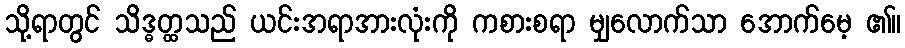
သို့ရာတွင် သိဒ္ဓတ္ထသည် ယင်းအရာအားလုံးကို ကစားစရာ မျှလောက်သာ အောက်မေ့ ၏။